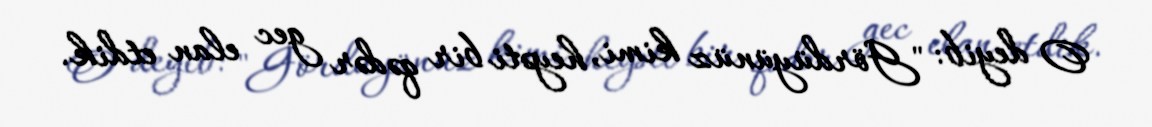
O deyib: "Gördüyünüz kimi, heyəti bir qədər gec elan etdik.